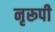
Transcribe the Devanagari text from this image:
नृरूपी